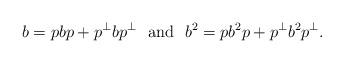
LaTeX: \begin{align*} b=pbp+p^\perp b p^\perp\ \ \hbox{and}\ \ b^2=pb^2 p+p^\perp b^2 p^\perp. \end{align*}